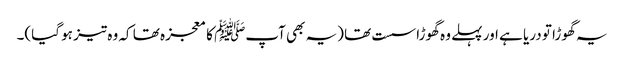
یہ گھوڑا تو دریا ہے اور پہلے وہ گھوڑا سست تھا (یہ بھی آپﷺ کا معجزہ تھا کہ وہ تیز ہو گیا)۔